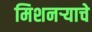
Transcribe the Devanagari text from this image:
मिशनर्‍याचे